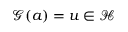
\mathcal { G } ( a ) = u \in \mathcal { H }